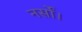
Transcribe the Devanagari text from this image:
नर्सों।